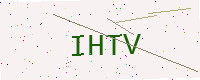
Text: IHTV